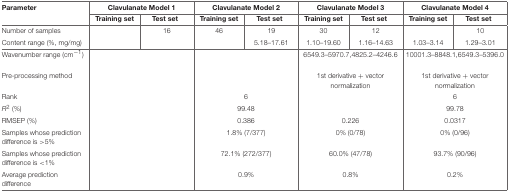
<table><thead><tr><td><b>Parameter</b></td><td colspan="2"><b>Clavulanate Model 1</b></td><td colspan="2"><b>Clavulanate Model 2</b></td><td colspan="2"><b>Clavulanate Model 3</b></td><td colspan="2"><b>Clavulanate Model 4</b></td></tr><tr><td>[EMPTY_CELL]</td><td><b>Training set</b></td><td><b>Test set</b></td><td><b>Training set</b></td><td><b>Test set</b></td><td><b>Training set</b></td><td><b>Test set</b></td><td><b>Training set</b></td><td><b>Test set</b></td></tr></thead><tbody><tr><td>Number of samples</td><td>[EMPTY_CELL]</td><td>16</td><td>46</td><td>19</td><td>30</td><td>12</td><td>[EMPTY_CELL]</td><td>10</td></tr><tr><td>Content range (%, mg/mg)</td><td>[EMPTY_CELL]</td><td>[EMPTY_CELL]</td><td>[EMPTY_CELL]</td><td>5.18–17.61</td><td>1.10–19.60</td><td>1.16–14.63</td><td>1.03–3.14</td><td>1.29–3.01</td></tr><tr><td>Wavenumber range (cm<sup>−1</sup>)</td><td colspan="2">[EMPTY_CELL]</td><td colspan="2">[EMPTY_CELL]</td><td colspan="2">6549.3–5970.7,4825.2–4246.6</td><td colspan="2">10001.3–8848.1,6549.3–5396.0</td></tr><tr><td>Pre-processing method</td><td colspan="2">[EMPTY_CELL]</td><td colspan="2">[EMPTY_CELL]</td><td colspan="2">1st derivative + vector normalization</td><td colspan="2">1st derivative + vector normalization</td></tr><tr><td>Rank</td><td colspan="2">[EMPTY_CELL]</td><td colspan="2">6</td><td colspan="2">[EMPTY_CELL]</td><td colspan="2">6</td></tr><tr><td><i>R</i><sup>2</sup> (%)</td><td colspan="2">[EMPTY_CELL]</td><td colspan="2">99.48</td><td colspan="2">[EMPTY_CELL]</td><td colspan="2">99.78</td></tr><tr><td>RMSEP (%)</td><td colspan="2">[EMPTY_CELL]</td><td colspan="2">0.386</td><td colspan="2">0.226</td><td colspan="2">0.0317</td></tr><tr><td>Samples whose prediction difference is &gt;5%</td><td colspan="2">[EMPTY_CELL]</td><td colspan="2">1.8% (7/377)</td><td colspan="2">0% (0/78)</td><td colspan="2">0% (0/96)</td></tr><tr><td>Samples whose prediction difference is &lt;1%</td><td colspan="2">[EMPTY_CELL]</td><td colspan="2">72.1% (272/377)</td><td colspan="2">60.0% (47/78)</td><td colspan="2">93.7% (90/96)</td></tr><tr><td>Average prediction difference</td><td colspan="2">[EMPTY_CELL]</td><td colspan="2">0.9%</td><td colspan="2">0.8%</td><td colspan="2">0.2%</td></tr></tbody></table>